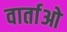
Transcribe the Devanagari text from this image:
वार्ताओ